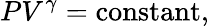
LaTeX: PV^{\gamma}={\mathrm{constant}},